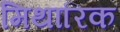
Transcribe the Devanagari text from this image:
मिथारिक